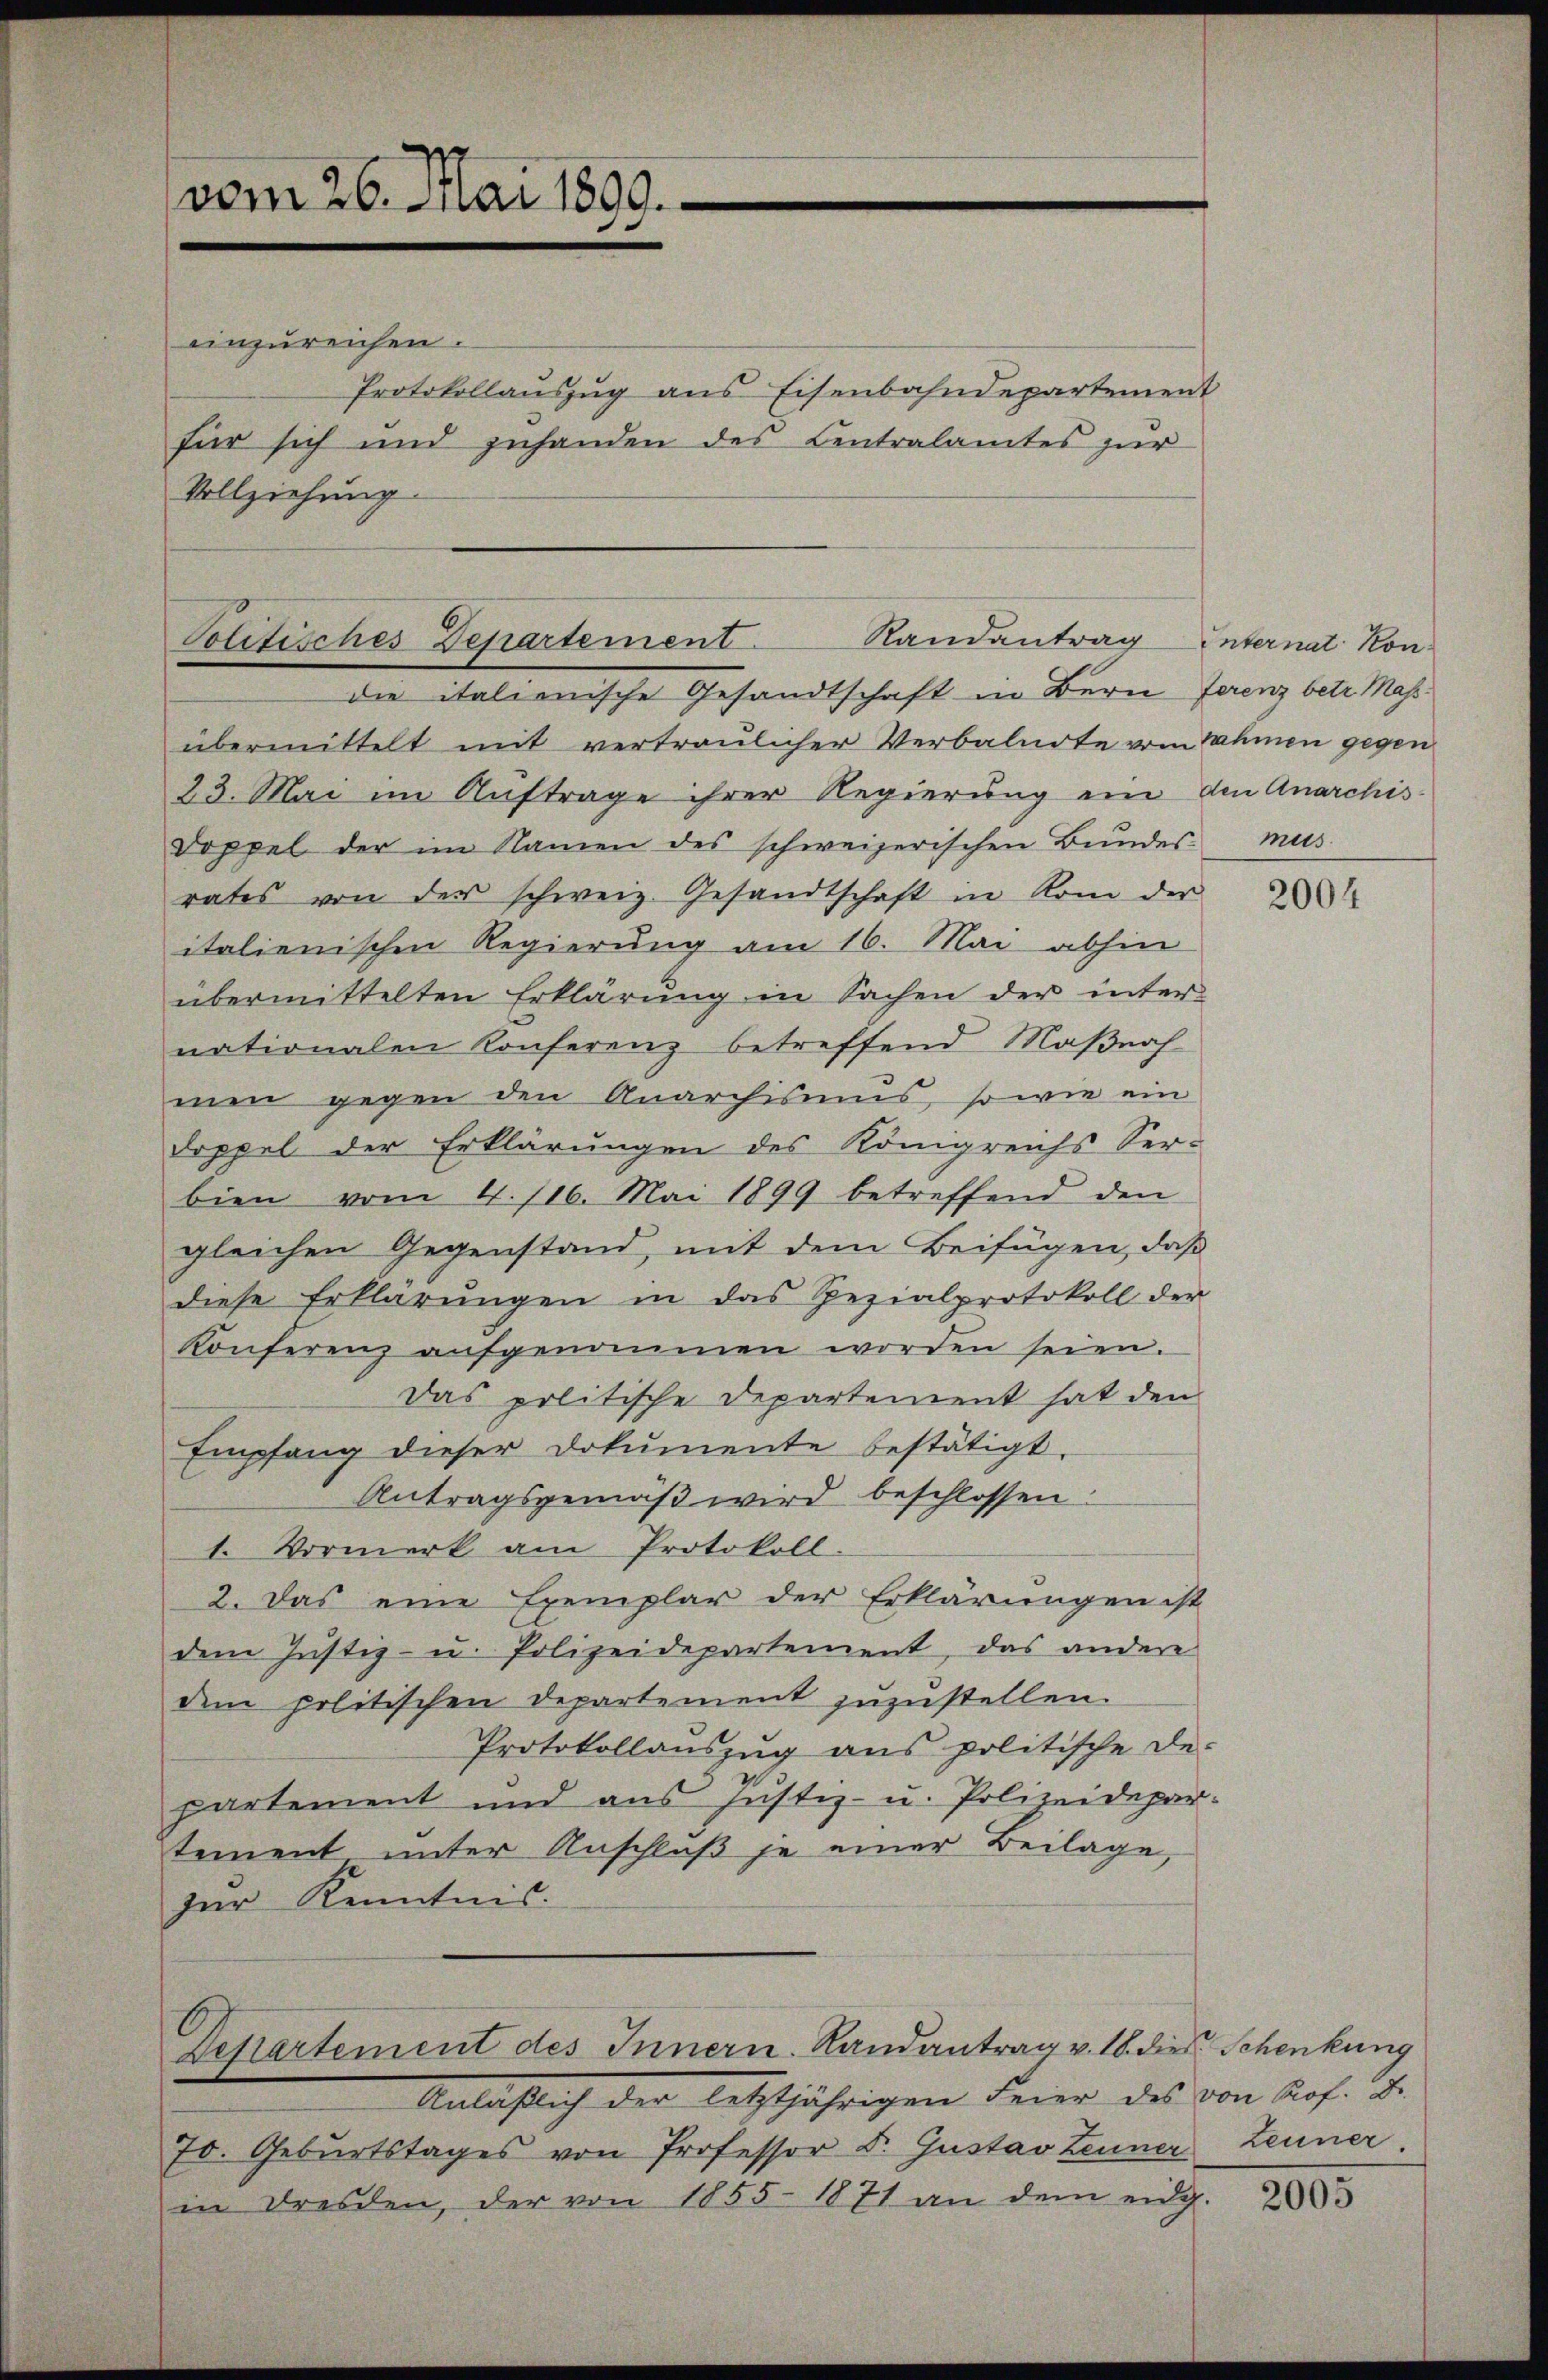
vom 26. Mai 1899.

einzureichen.
Protokollauszug aus Eisenbahndepartement
für sich und zuhanden des Centralamtes zur
Vollziehung

Politisches Departement. Randantrag Internat Kon-
die italienische Gesandtschaft in Bern ferenz betr. Mas¬

übermittelt mit vertraulicher Verbalnote vom Nahmen gegen
23. Mai im Auftrage ihrer Regierung ein den Anarchis
Doppel der im Namen des schweizerischen Bŭndes mus
rates von der schweiz. Gesandtschaft in Rom der
italienischen Regierung am 16. Mai abhin
übermittelten Erklärung in Sachen der inter
nationalen Konferenz betreffend Maßnah
men gegen den Anarchismus, so wie ein
doppel der Erklärungen des Königreichs Ser-
bien vom 4. 116. Mai 1899 betreffend den
gleichen Gegenstand, mit dem Beifügen, daß
diese Erklärungen in das Rezialprotokoll der
Konferenz aŭfgenommen worden seien.
Das politische Departement hat den
Empfang dieser Dokumente bestätigt.
Antragsgemäß wird beschlossen:
1. Vormerk am Protokoll
2. Das eine Exemplar der Erklärungen ist
dem Justiz- u. Polizeidepartement, das andere
dem politischen Departement zŭzŭstellen.
Protokollauszug aus politische De-
partement und aus Justiz- u. Polizeidepar-
tement unter Anschluß je einer Beilage,
zur Kenntnis.

Departement des Innern. Landantrag v. 18. dies Schenkung
Anläßlich der letztjährigen Feier des von Prof. D.

70. Geburtstages von Professor Dr. Gustav Zeuner Zeuner.
in Dresden, der von 1855-1871 an dem eidg.

2004

2005